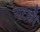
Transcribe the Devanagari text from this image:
नाटकौं